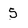
Character: 5